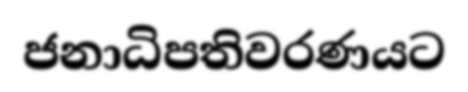
ජනාධිපතිවරණයට